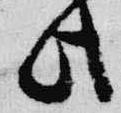
此